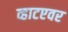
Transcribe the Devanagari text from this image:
व्हाटएवर